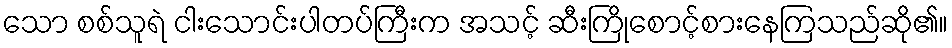
သော စစ်သူရဲ ငါးသောင်းပါတပ်ကြီးက အသင့် ဆီးကြိုစောင့်စားနေကြသည်ဆို၏။